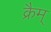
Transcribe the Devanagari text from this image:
क्रैम्